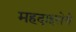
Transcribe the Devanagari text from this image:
महदाइसेचे